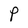
Character: P